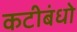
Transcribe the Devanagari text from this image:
कटीबंधो